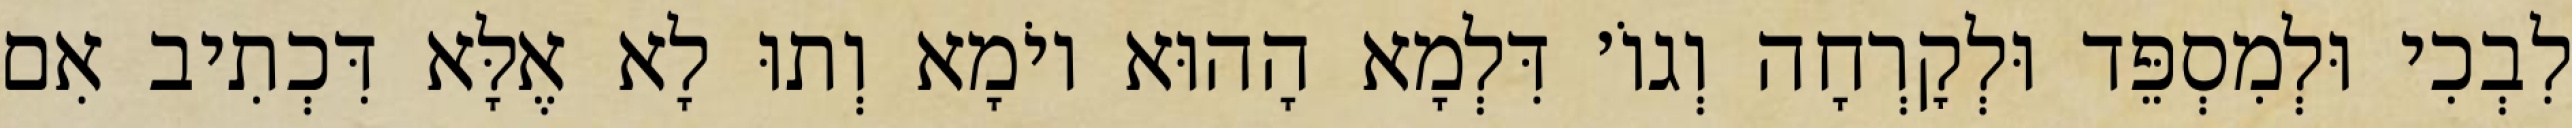
לִבְכִי וּלְמִסְפֵּד וּלְקׇרְחָה וְגוֹ׳ דִּלְמָא הָהוּא יוֹמָא וְתוּ לָא אֶלָּא דִּכְתִיב אִם